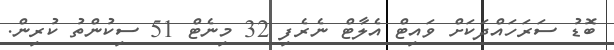
ބޮޑު ސަރަހައްދަކަށް ވައިޓް އެލާޓް ނެރެފި 32 މިނެޓް 51 ސިކުންތު ކުރިން.